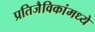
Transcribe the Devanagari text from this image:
प्रतिजैविकांमध्ये